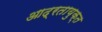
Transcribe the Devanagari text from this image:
आद्रतायुक्त